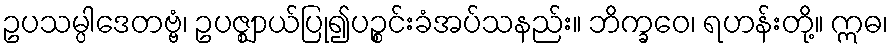
ဥပသမ္ပါဒေတဗ္ဗံ၊ ဥပဇ္ဈာယ်ပြု၍ပဉ္စင်းခံအပ်သနည်း။ ဘိက္ခဝေ၊ ရဟန်းတို့။ ဣဓ၊